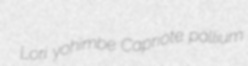
Lori yohimbe Capriote pallium